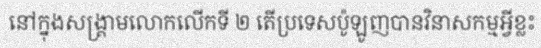
នៅក្នុងសង្គ្រាមលោកលើកទី ២ តើប្រទេសប៉ូឡូញបានវិនាសកម្មអ្វីខ្លះ